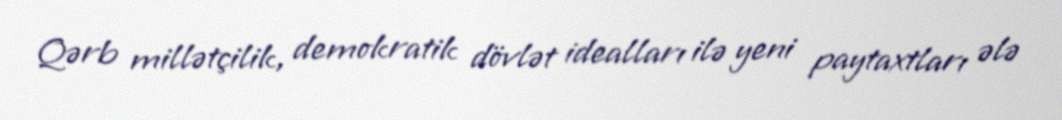
Qərb millətçilik, demokratik dövlət idealları ilə yeni paytaxtları ələ